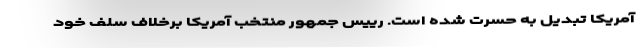
آمریکا تبدیل به حسرت شده است. رییس جمهور منتخب آمریکا برخلاف سلف خود